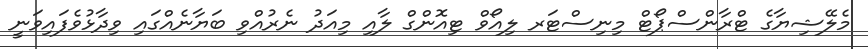
މެލޭޝިޔާގެ ޓްރާންސްޕޯޓް މިނިސްޓަރ ލިއޯވް ޓިއޮންގް ލާއި މިއަދު ނެރުއްވި ބަޔާނެއްގައި ވިދާޅުވެފައިވަނީ